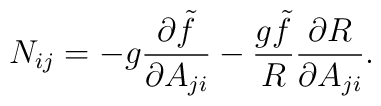
N_{ij} = - g {\partial \tilde f\over \partial A_{ji}} -{g \tilde f \over R} {\partial R\over \partial A_{ji}}.